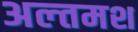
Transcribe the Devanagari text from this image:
अल्‍तमश